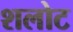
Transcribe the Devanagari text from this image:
शलोट